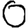
Digit: 0